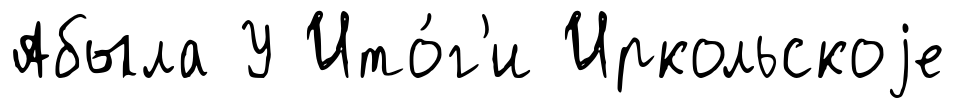
Абыла У Ито́г'и Иркольскоjе